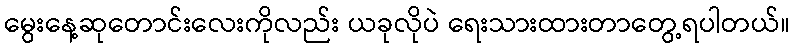
မွေးနေ့ဆုတောင်းလေးကိုလည်း ယခုလိုပဲ ရေးသားထားတာတွေ့ရပါတယ်။